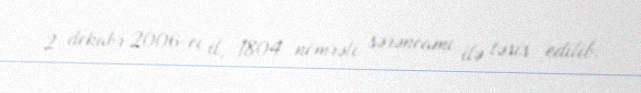
2 dekabr 2006-cı il, 1804 nömrəli sərəncamı ilə təsis edilib.